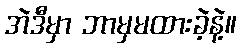
အဲဒီမှာ ဘာမှမထားခဲ့နဲ့။